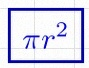
\pi r^2